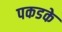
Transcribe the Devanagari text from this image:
पकडके